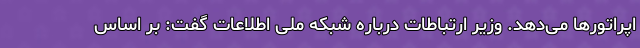
اپراتورها می‌دهد. وزیر ارتباطات درباره شبکه ملی اطلاعات گفت: بر اساس